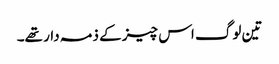
تین لوگ اس چیز کے ذمہ دار تھے۔